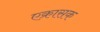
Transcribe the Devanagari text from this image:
एक्रासक